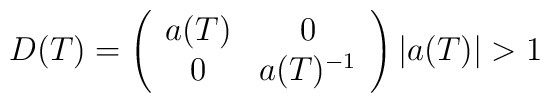
D(T)=\left(\begin{array}{cc}a(T)&0\\0&a(T)^{-1}\end{array}\right) \\ |a(T)|>1